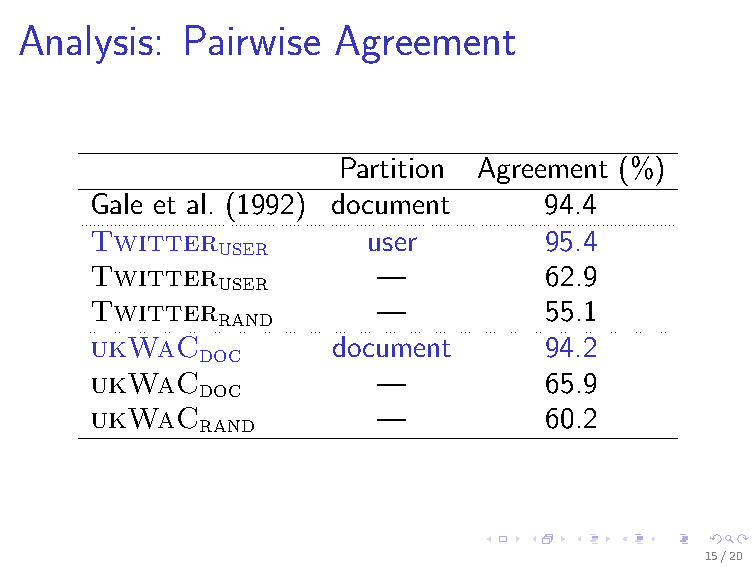
Analysis:  Pairwise  Agreement
 Partition Agreement (%)
 Gale et al. (1992) document   94.4
 Twitter user      user        95.4
 Twitter user       —          62.9
 Twitter rand       —          55.1
 ukWaC  doc      document      94.2
 ukWaC  doc         —          65.9
 ukWaC  rand        —          60.2
 15/20